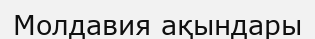
Молдавия ақындары